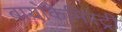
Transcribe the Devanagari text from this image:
बायोकैमिस्ट्री